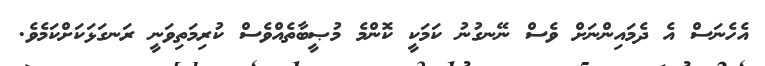
އެހެނަސް އެ ދެމައިންނަށް ވެސް ނޭނގުނު ކަމަކީ ކޮންމެ މުޞީބާތެއްވެސް ކުރިމަތިވަނީ ރަނގަޅަކަށްކަމެވެ.